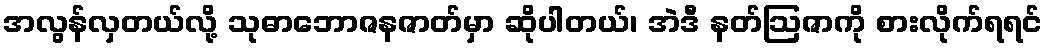
အလွန်လှတယ်လို့ သုဓာဘောဇနဇာတ်မှာ ဆိုပါတယ်၊ အဲဒီ နတ်ဩဇာကို စားလိုက်ရရင်